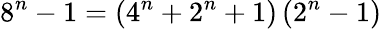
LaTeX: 8^{n}-1=\left(4^{n}+2^{n}+1\right)\left(2^{n}-1\right)